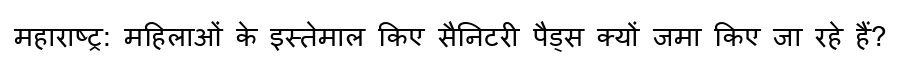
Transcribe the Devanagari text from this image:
महाराष्ट्र: महिलाओं के इस्तेमाल किए सैनिटरी पैड्स क्यों जमा किए जा रहे हैं?